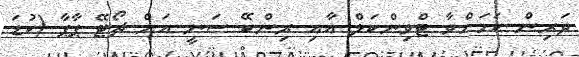
ދަރިން ކަމަށްވާ ޓްވިންކަލް އާއި ރިންކޭ ސަނީ އަށް ޗޯޓޭ ޕާޕާ (ކުޑަ